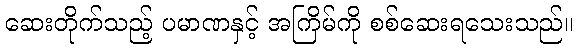
ဆေးတိုက်သည့် ပမာဏနှင့် အကြိမ်ကို စစ်ဆေးရသေးသည်။